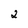
Character: 2